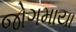
જોગમાયા